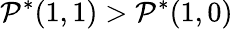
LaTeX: \mathcal{P}^{*}(1,1)>\mathcal{P}^{*}(1,0)